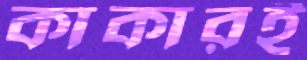
কাকারই